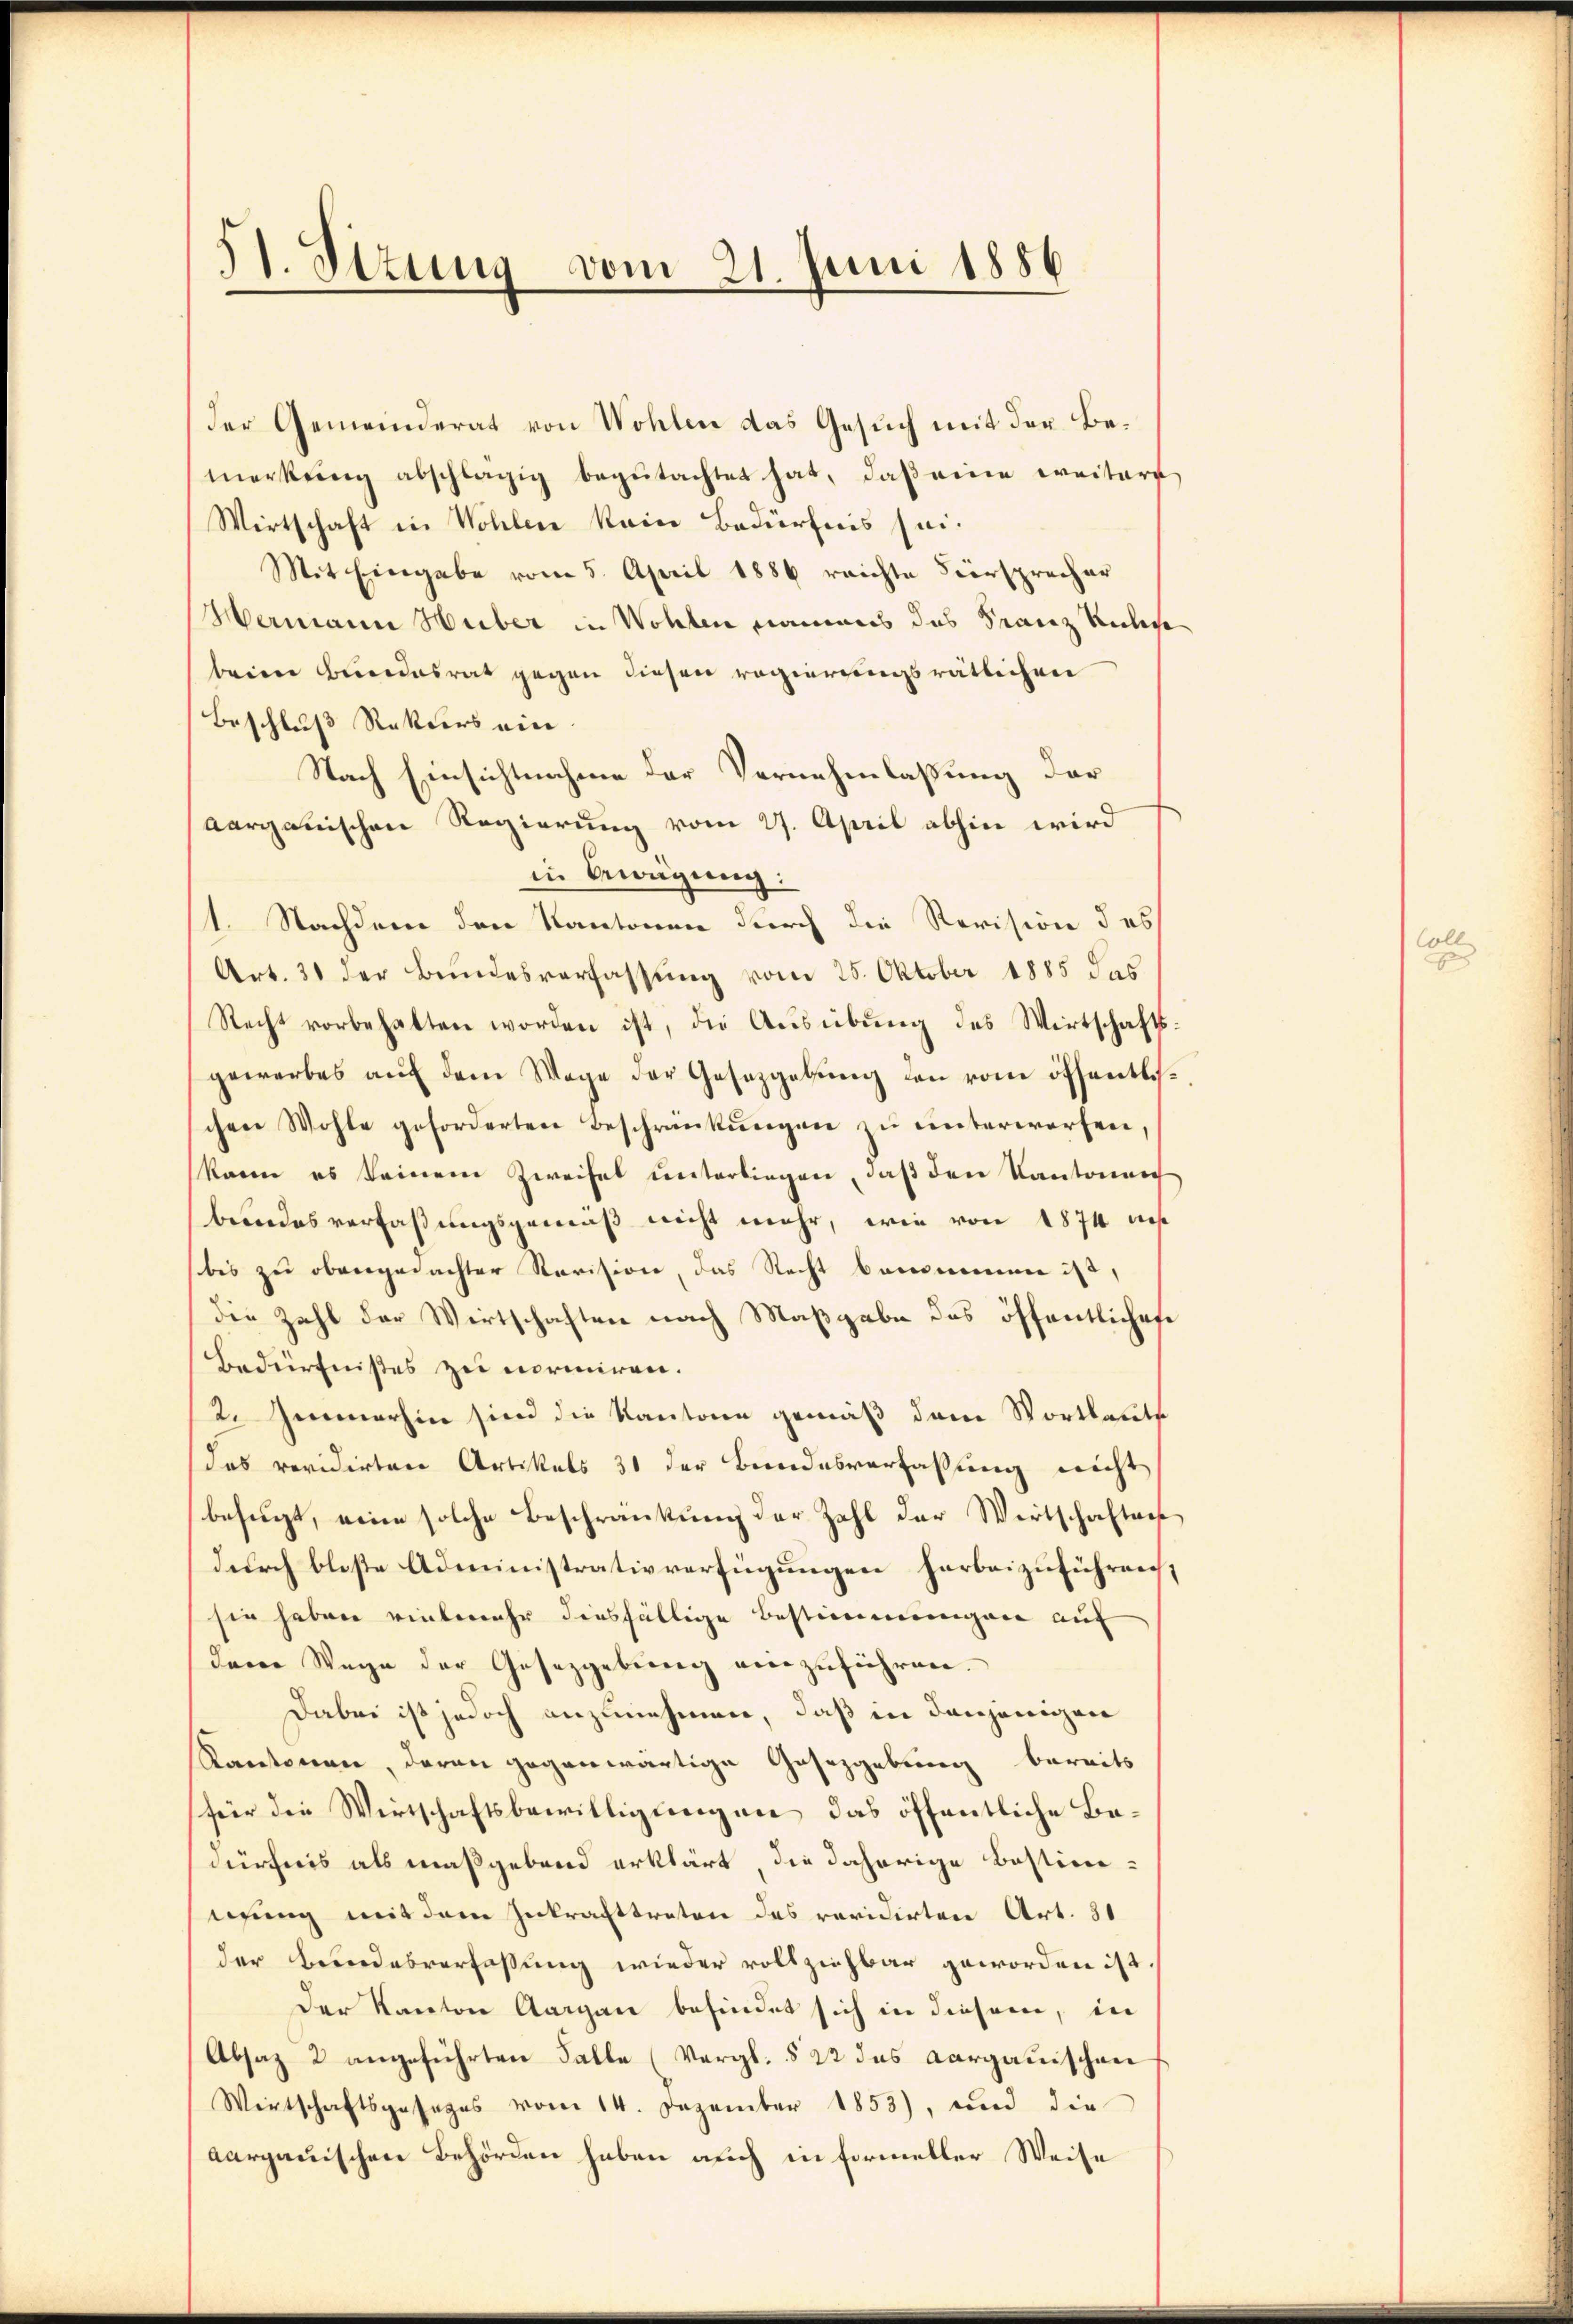
H. Ottung vom 21. Juni 1886

der Gemeinderat von Wohlen das Gesuch mit der Bemerkŭng abschlägig begŭtachtet hat, daβ eine weitere
Wirtschaft in Wohlen kein Bedürfnis sei.
Mit Eingabe vom 5. April 1886 reichte Versprocher
Hermann Huber in Wohlen namens das Franz Ruhest
beim Bundesrat gegen diesen regierungsrätlichen
Beschluß Rekurs ein
Nach Einsichtnahme der Vernehmlassung der
Aargauischen Regierung vom 27. April abhin wird
in Bewegung:
1. Nachdem den Kantonen durch die Revision des
Art. 31 der Bundesverfassung vom 25. Oktober 1885 das
Recht vorbehalten worden ist, die Ausübung des Wirtschafts
gewerbes aŭf dem Wage der Gesetzgebŭng den vom öffentlich
chen Wohle geforderten Beschränkungen zu unterworfen
kann es keinem Zweifel unterliegen, daß den Kantonen
bendesverfaßungsgemäß nicht mehr, wie von 1874 dies
bis zu obengedachter Revision, das Recht benennen ist,
die Zahl der Wirtschaften nach Maßgabe das öffentliches
Bedürfnißes zu normiren.
2. Immerhin sien die Kantone gemäß dem Wortlaute
das revidirten Artikels 31 der Bundesverfassung nicht
besucht, eine solche Beschränkung der Zahl der Wirtschaften
durch bloße Administrativverfügungen herbeizuführrecht
sie haben vielmehr diesfällige Bestimmungen auf
dene Wege der Gesetzgebung einzŭführen.
Dabei ist jedoch anzunehmen, daß in denjenigen
Kantonen, daran gegenwärtige Gesetzgebung bereits
für die Wirtschaftsbewilligungen das öffentliche Bedürfnis als maßgebend erklärt die daherige Bestim-
eifung mit dem Inkrafttreten des revidirten Art. 31
der Beendesverfassung wieder vollziehbar geworden ist.
Der Kanton Aargau befindet sich in diesem, in
Absaz 2 angeführten Falle (Vergl. § 22 des Aargauischen
Wirtschaftsgesages vom 14. Dezember 1853), und die
aargauischen Behörden haben auch in Formeller Weise